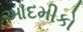
આદમીકો